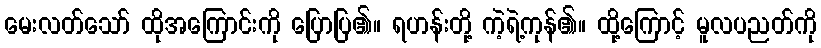
မေးလတ်သော် ထိုအကြောင်းကို ပြောပြ၏။ ရဟန်းတို့ ကဲ့ရဲ့ကုန်၏။ ထို့ကြောင့် မူလပညတ်ကို